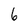
Character: 6